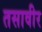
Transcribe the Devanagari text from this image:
तसावीर